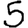
Digit: 5